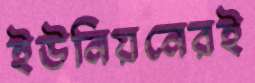
ইউনিয়নেরই